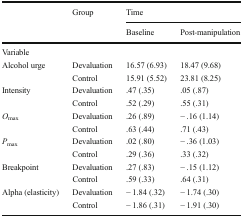
|  | Group | <COLSPAN=2> Time |
 |  |  | Baseline | Post-manipulation |
 | --- | --- | --- | --- |
 | <COLSPAN=4> Variable |
 | <ROWSPAN=2> Alcohol urge | Devaluation | 16.57 (6.93) | 18.47 (9.68) |
 | Control | 15.91 (5.52) | 23.81 (8.25) |
 | <ROWSPAN=2> Intensity | Devaluation | .47 (.35) | .05 (.87) |
 | Control | .52 (.29) | .55 (.31) |
 | <ROWSPAN=2> Omax | Devaluation | .26 (.89) | − .16 (1.14) |
 | Control | .63 (.44) | .71 (.43) |
 | <ROWSPAN=2> Pmax | Devaluation | .02 (.80) | − .36 (1.03) |
 | Control | .29 (.36) | .33 (.32) |
 | <ROWSPAN=2> Breakpoint | Devaluation | .27 (.83) | − .15 (1.12) |
 | Control | .59 (.33) | .64 (.31) |
 | <ROWSPAN=2> Alpha (elasticity) | Devaluation | − 1.84 (.32) | − 1.74 (.30) |
 | Control | − 1.86 (.31) | − 1.91 (.30) |